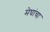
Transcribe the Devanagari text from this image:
मेघांचा